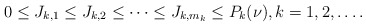
\begin{align*}0 \le J_{k,1} \le J_{k,2} \le\cdots\le J_{k,m_{k}} \le P_k(\nu),k=1,2, \ldots .\end{align*}